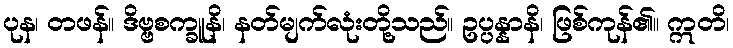
ပုန၊ တဖန်။ ဒိဗ္ဗစက္ခူနိ၊ နတ်မျက်လုံးတို့သည်။ ဥပ္ပန္နာနိ၊ ဖြစ်ကုန်၏။ ဣတိ၊